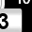
Digit: 3